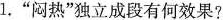
1.”闷热”独立成段有何效果?